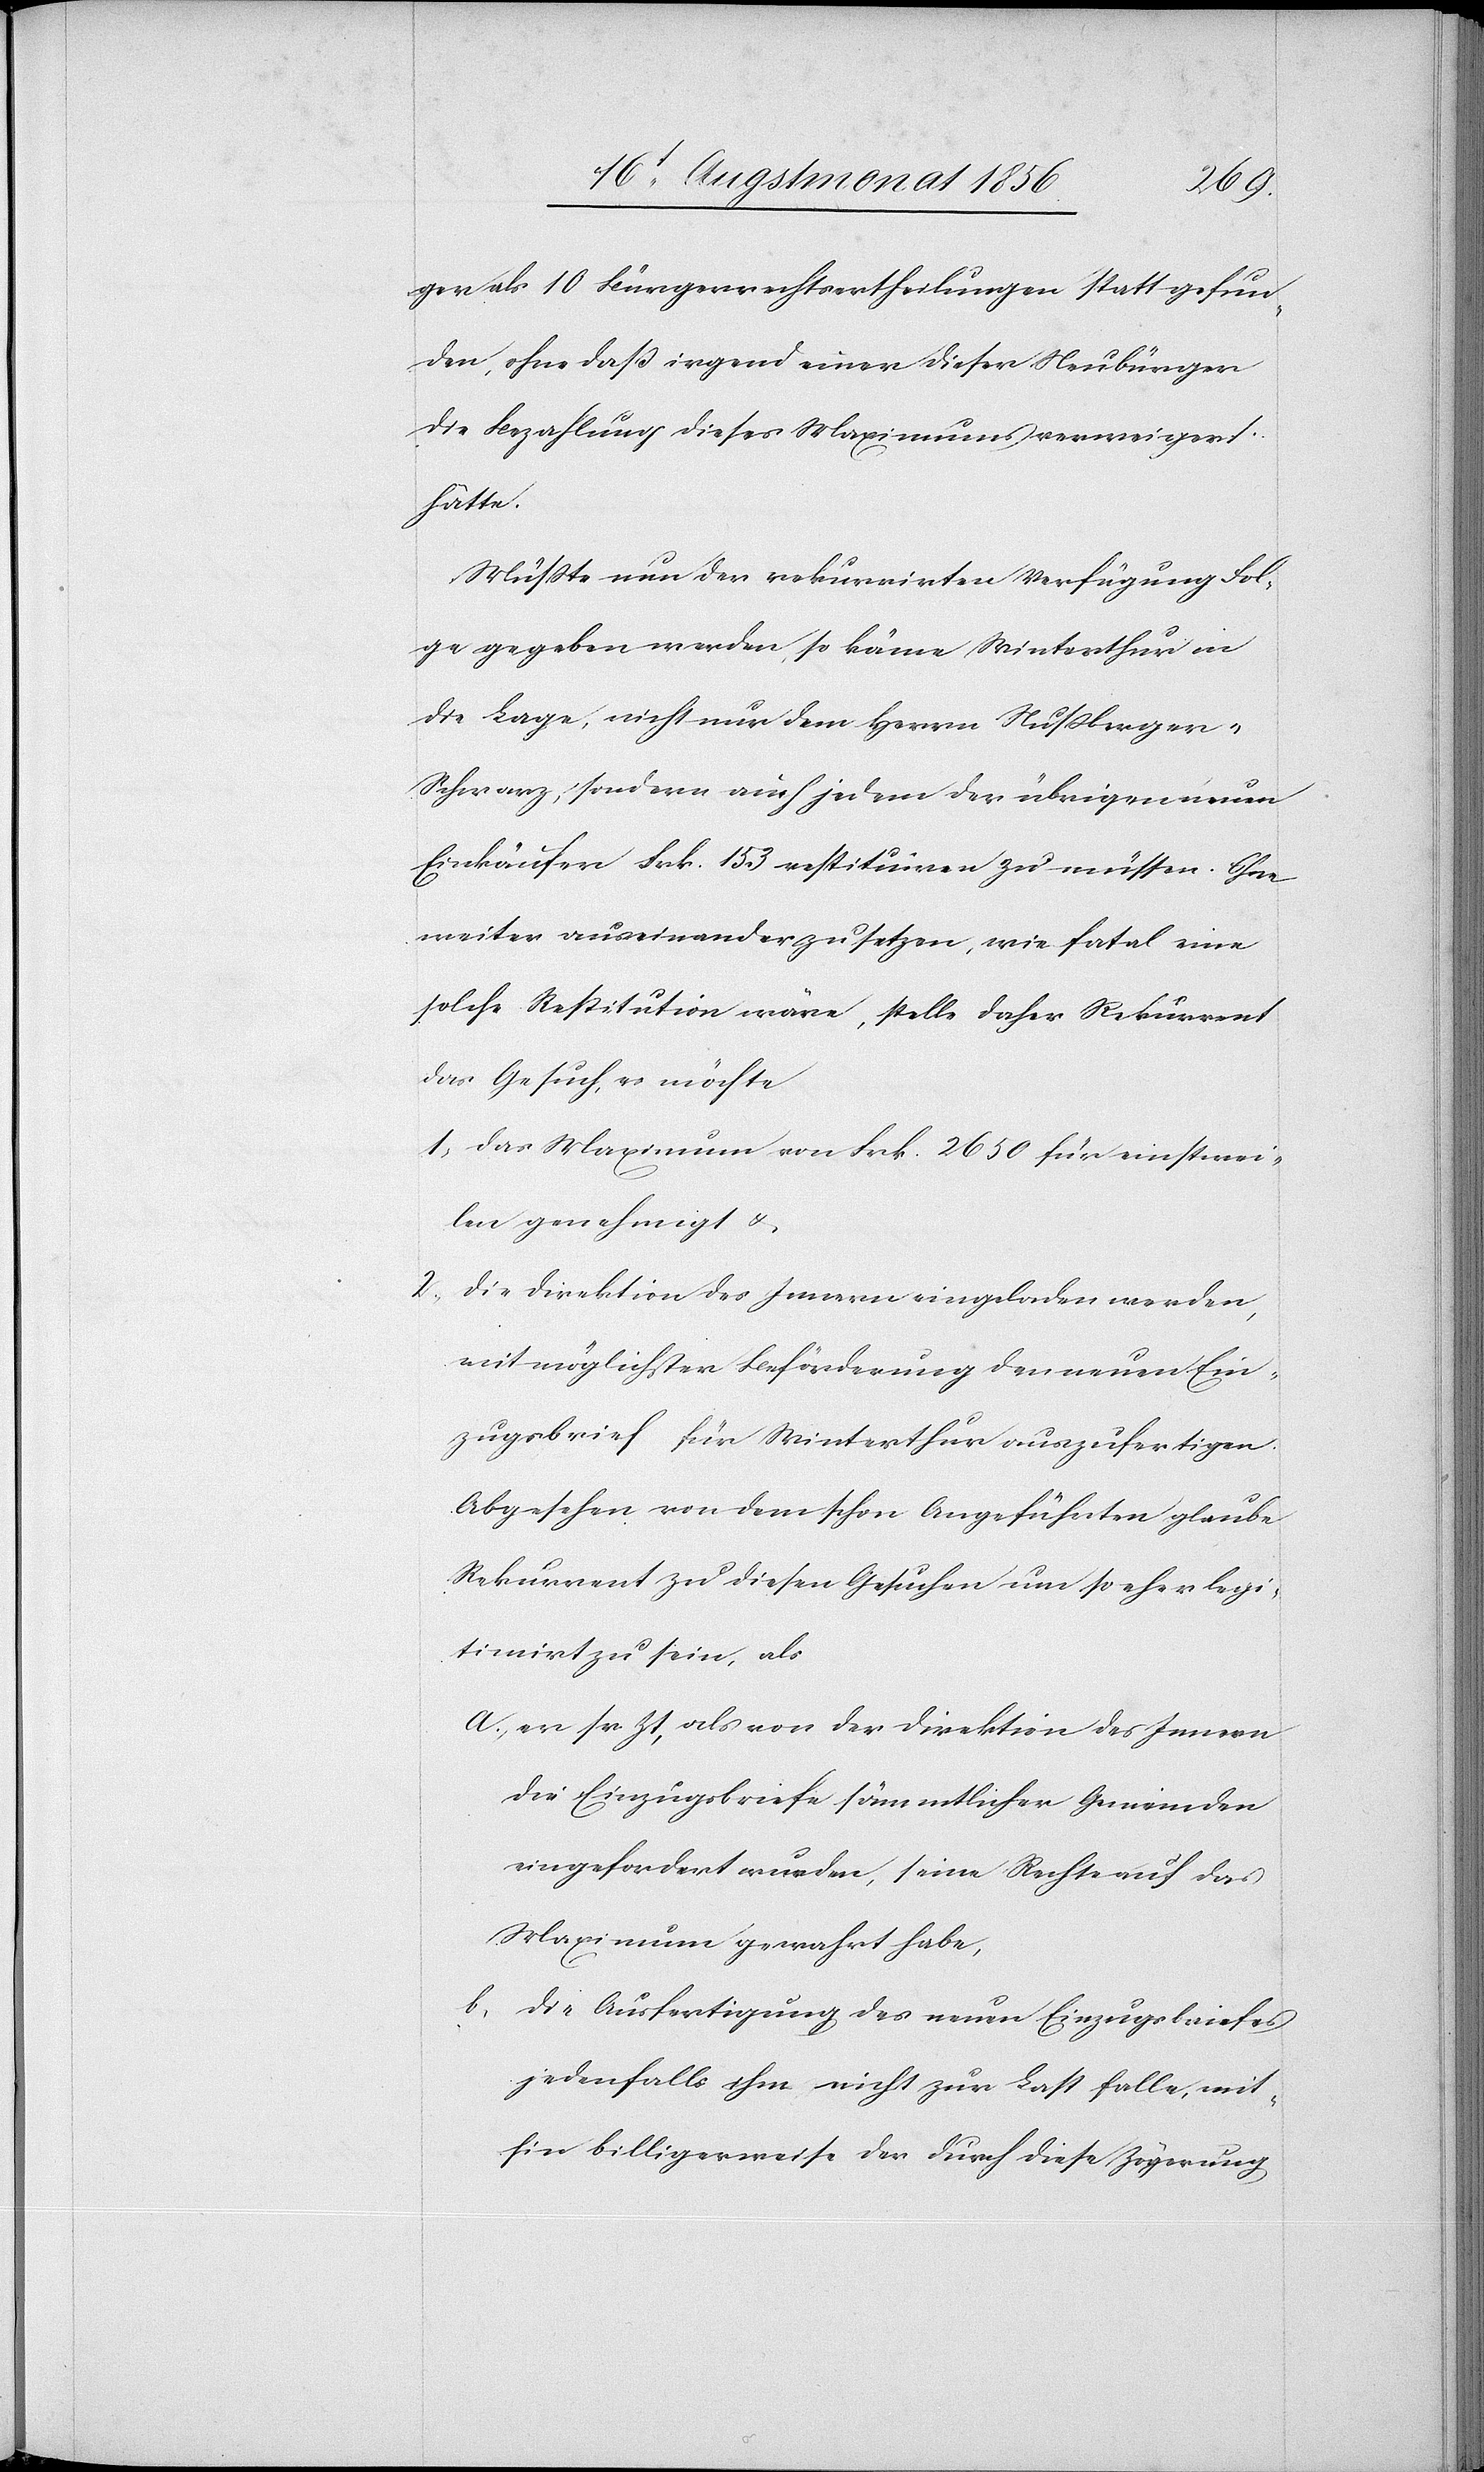
ger als 10 Bürgerrechtsertheilungen statt gefun¬
den, ohne daß irgend einer dieser Neubürger
die Bezahlung dieses Maximums verweigert
hätte.
Müsste nun der rekurrirten Verfügung Fol¬
ge gegeben werden, so käme Winterthur in
die Lage, nicht nur dem Herrn Nussberge¬
r-Schwarz, sondern auch jedem der übrigen neuen
Einkäufern Frk. 153 restituiren zu müssen. Ohne
weiter auseinanderzusetzen, wie fatal eine
solche Restitution wäre, stelle daher Rekurrent
das Gesuch, es möchte
1.) das Maximum von Frk. 2650 für einstwei¬
len genehmigt &
die Direktion des Innern eingeladen werden,
mit möglichster Beförderung den neuen Ein¬
zugsbrief für Winterthur auszufertigen.
Abgesehen von dem schon Angeführten glaube
Rekurrent zu diesen Gesuchen um so eher legi¬
timirt zu sein, als
a.) er sr. Zt., als von der Direktion des Innern
die Einzugsbriefe sämmtlicher Gemeinden
eingefordert wurden, seine Rechte auf das
Maximum gewahrt habe,
b.) die Ausfertigung des neuen Einzugsbriefes
jedenfalls ihm nicht zur Last falle, mit¬
hin billigerweise der durch diese Zögerung